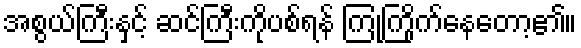
အစွယ်ကြီးနှင့် ဆင်ကြီးကိုပစ်ရန် ကြုံကြိုက်နေတော့၏။